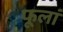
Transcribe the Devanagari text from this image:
फूलां